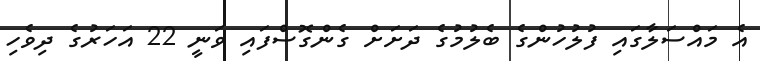
އެ މައްސަލާގައި ފުލުހުންގެ ބެލުމުގެ ދަށަށް ގެންގޮސްފައި ވަނީ 22 އަހަރުގެ ދިވެހި